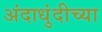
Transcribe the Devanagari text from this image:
अंदाधुंदीच्या